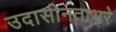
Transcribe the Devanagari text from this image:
उदासीनताभरे